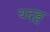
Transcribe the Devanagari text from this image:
यदङ्ग